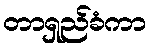
တာရှည်ခံကာ